Civil Veterinary Department Bihar reports 1940-50 - 1940-1950
Year: 1940
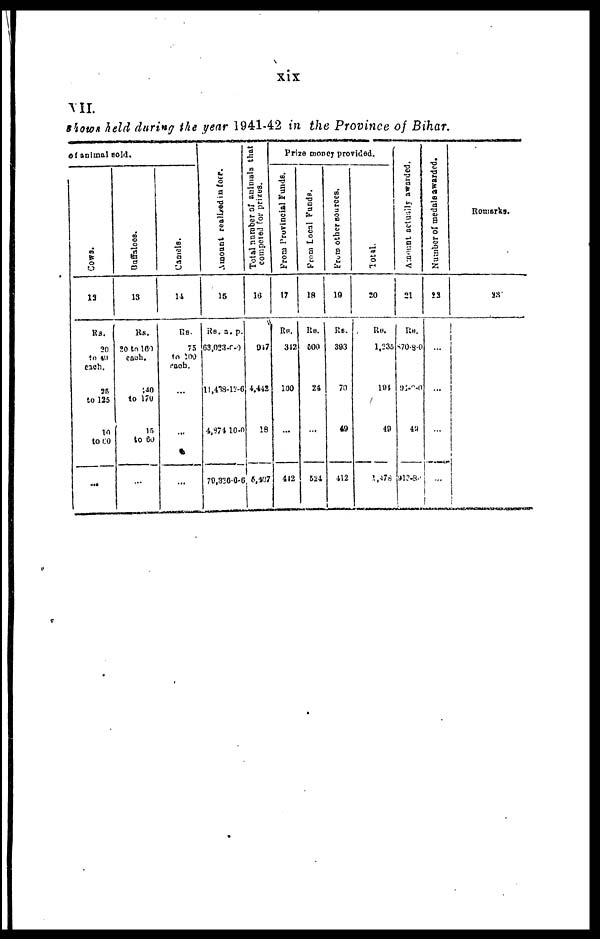
xix
VII.
shows held during the year 1941-42 in the Province of Bihar.
of animal sold.
Cows.
12
Rs.
20
to 40
each.
35
to 125
10
to 60
...
Buffaloes.
13
Rs.
20 to 160
each.
40
to 170
15
to 60
...
Camels.
14
Rs.
75
to 100
each
...
...
...
Amount realized in face.
15
RS. a. p.
63,023. (-)
11,438-12-6
4,874 10-0
70,336-0-6
Total number of animals that
competed for prizes.
16
947
4,442
18
5,407
Prize money provided.
From Provincial Funds.
17
Rs.
312
100
...
442
From
Local Funds.
18
Rs.
600
24
...
524
From other sources.
19
Rs.
393
70
49
412
Total.
20
RS.
1,235
191
40
1,878
Amouth
actually awarded.
21
Rs.
870-8-0
97-0-0
49
913-3
Number of medals awarded.
22
...
...
...
...
Remarks.
23